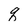
Character: q